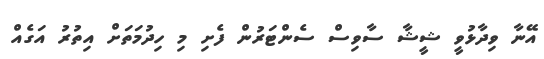
އޭނާ ވިދާޅުވީ ޝީޝާ ސާވިސް ސެންޓަރުން ފެށި މި ހިދުމަތަށް އިތުރު އަގެއް